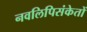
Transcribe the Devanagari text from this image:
नवलिपिसंकेतों